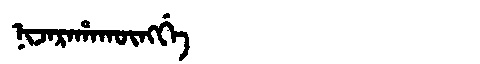
Manchu: ᠨᡳᠵᠠᡵᠠᡥᠠᡴᡡᠩᡤᡝ
Romanization: NIJARAHAKŪNGGE